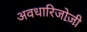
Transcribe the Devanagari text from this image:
अवधारिजोजी